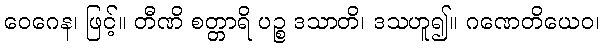
ဝေဂေန၊ ဖြင့်။ တီဏိ စတ္တာရိ ပဉ္စ ဒသာတိ၊ ဒသဟူ၍။ ဂဏေတိယေဝ၊